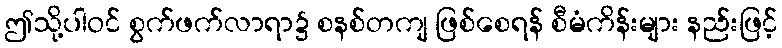
ဤသို့ပါဝင် စွက်ဖက်လာရာ၌ စနစ်တကျ ဖြစ်စေရန် စီမံကိန်းများ နည်းဖြင့်